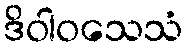
ဒိဝါဝသေသံ